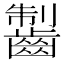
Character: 𪘥